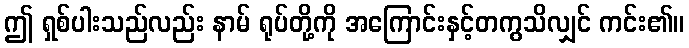
ဤ ရှစ်ပါးသည်လည်း နာမ် ရုပ်တို့ကို အကြောင်းနှင့်တကွသိလျှင် ကင်း၏။